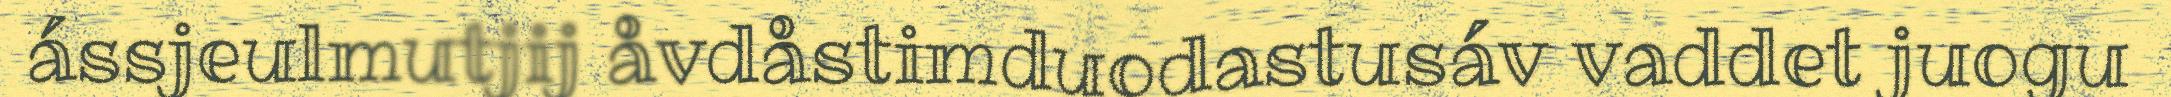
ássjeulmutjij åvdåstimduodastusáv vaddet juogu